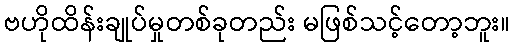
ဗဟိုထိန်းချုပ်မှုတစ်ခုတည်း မဖြစ်သင့်တော့ဘူး။